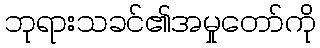
ဘုရားသခင်၏အမှုတော်ကို